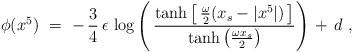
LaTeX: \begin{align*}\phi(x^5)\ =\ -\, \frac{3}{4}\, \epsilon\, \log \left(\, \frac{\tanh \left[\, \frac{\omega}{2} (x_s - |x^5|)\, \right]} {\tanh \left( \frac{\omega x_s}{2} \right)} \right)\, +\, d\ ,\end{align*}